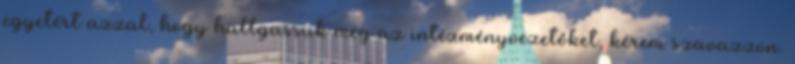
egyetért azzal, hogy hallgassuk meg az intézményvezetőket, kérem szavazzon.